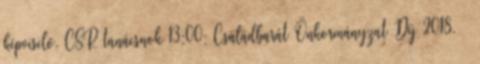
képviselő, CSR tanácsnok 13:00: Családbarát Önkormányzat Díj 2018. –